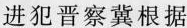
进犯晋察冀根据